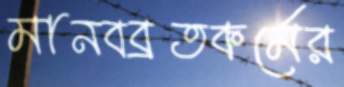
মানবব্রতকর্মের